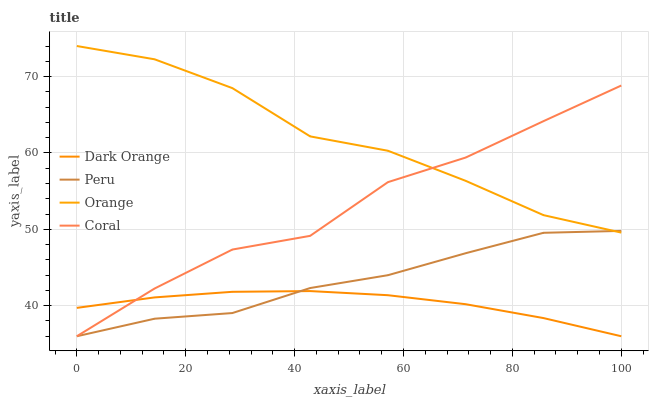
| xaxis_label | Dark Orange | Peru | Orange | Coral |
 | --- | --- | --- | --- | --- |
 | 0 | 39.7 | 36 | 74 | 36 |
 | 14.3 | 41.1 | 38.3 | 72.3 | 42.2 |
 | 28.6 | 41.8 | 39 | 68.5 | 47.4 |
 | 42.9 | 41.9 | 42.3 | 62.2 | 49.1 |
 | 57.1 | 41.4 | 44 | 60.3 | 56.2 |
 | 71.4 | 40.2 | 46.9 | 56.3 | 59.4 |
 | 85.7 | 38.4 | 49.5 | 51.9 | 64.2 |
 | 100 | 36 | 49.8 | 49.6 | 68.8 |